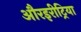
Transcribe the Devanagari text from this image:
औरइरीट्रिया